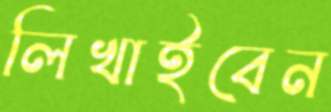
লিখাইবেন